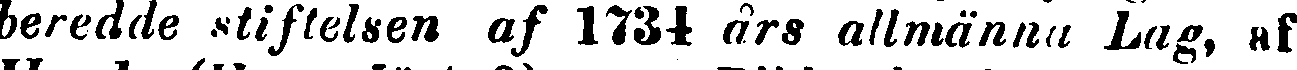
beredde stiftelsen af 1734 års allmänna Lag, af